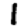
Digit: 1